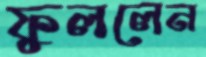
ফুললেন